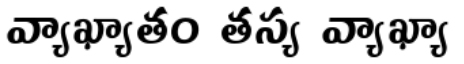
వ్యాఖ్యాతం తస్య వ్యాఖ్యా